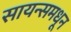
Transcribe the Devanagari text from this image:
सायन्समधून